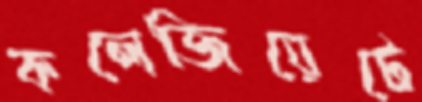
কলেজিয়েটে